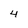
Character: 4